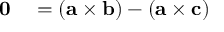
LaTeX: \begin{array} { r l } { \mathbf { 0 } } & { { } = ( \mathbf { a } \times \mathbf { b } ) - ( \mathbf { a } \times \mathbf { c } ) } \end{array}